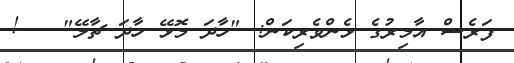
ފަރެސް އާމިރުގެ ޅެންވެރިކަން: "ހާދަ މޮޅޭ ހާދަ ޗާލޭ"   !